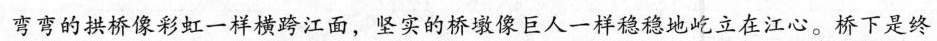
弯弯的拱桥像彩虹一样横跨江面，坚实的桥墩像巨人一样稳稳地屹立在江心。桥下是终